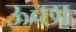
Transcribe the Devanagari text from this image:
ऊच्छा